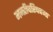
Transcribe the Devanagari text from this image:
मन्त्रीपरिषदमा